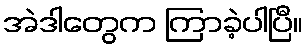
အဲဒါတွေက ကြာခဲ့ပါပြီ။